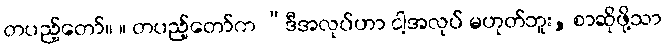
တပည့်တော်။ ။ တပည့်တော်က “ဒီအလုပ်ဟာ ငါ့အလုပ် မဟုတ်ဘူး, စာဆိုဖို့သာ